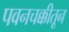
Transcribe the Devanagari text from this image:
पवनचक्कीतून